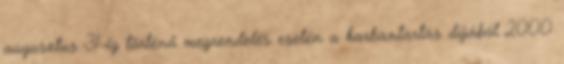
augusztus 31-ig történő megrendelés esetén a karbantartás díjából 2000